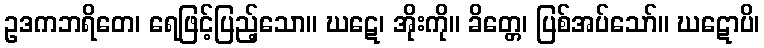
ဥဒကဘရိတေ၊ ရေဖြင့်ပြည့်သော။ ဃဋေ၊ အိုးကို။ ခိတ္တေ၊ ပြစ်အပ်သော်။ ဃဋောပိ၊